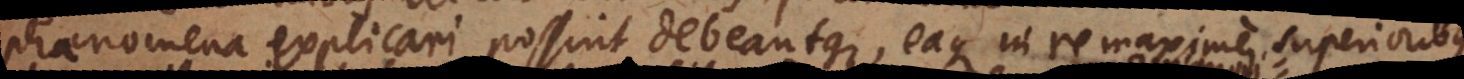
phaenomena explicari possint debeantque, eaque in re maxime superioribus